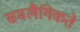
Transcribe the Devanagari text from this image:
समलैंगिकते